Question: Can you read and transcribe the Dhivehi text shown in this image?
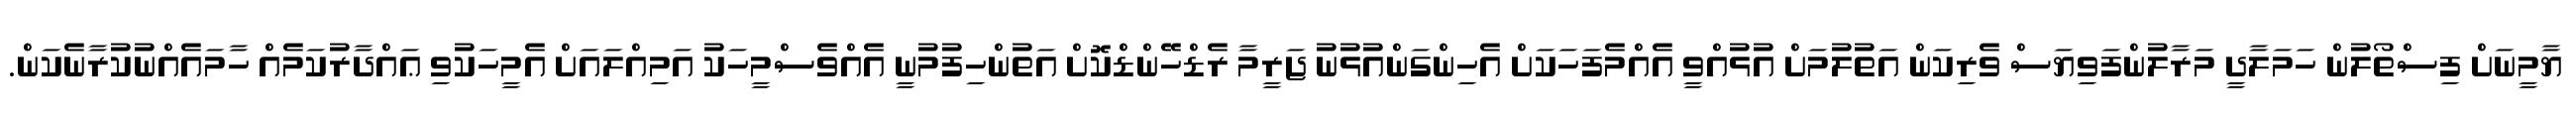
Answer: ޔާމީނަށް ފިސްތޯލުން ހަމަލާދީ މަރާލުންފަވިޔަސް ވެރިކަން އަތުލުމަށް އުޅުއްވީ އެއްމެފަހަކަށް އެހިންގަންއުޅުނު ޖަރީމާ ރެޑްހޭންޑްކޮށް އަތުންހިފުމުނީ އެއްވެސްމީހަކު އަމިއްލައަށް އެމީހަކުވި ޢައްދާރުކަމެއް ހާމައެއްނުކުރާނެކަން.